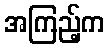
အကြည့်က